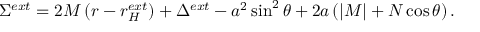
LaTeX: \Sigma ^ { e x t } = 2 M \left( r - r _ { H } ^ { e x t } \right) + \Delta ^ { e x t } - a ^ { 2 } \sin ^ { 2 } \theta + 2 a \left( | { \cal M } | + N \cos \theta \right) .